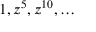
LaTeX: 1 , z ^ { 5 } , z ^ { 1 0 } , \ldots